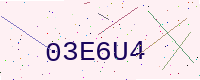
Text: 03E6U4